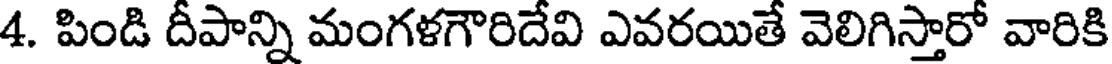
4. పిండి దీపాన్ని మంగళగౌరిదేవి ఎవరయితే వెలిగిస్తారో వారికి